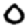
Digit: 0